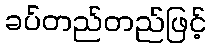
ခပ်တည်တည်ဖြင့်